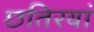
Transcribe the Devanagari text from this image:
छतिरयां